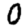
Digit: 0